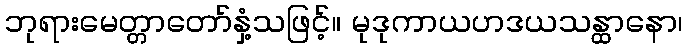
ဘုရားမေတ္တာတော်နှံ့သဖြင့်။ မုဒုကာယဟဒယသန္ထာနော၊